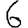
Digit: 6